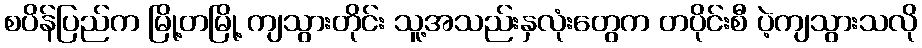
စပိန်ပြည်က မြို့တမြို့ ကျသွားတိုင်း သူ့အသည်းနှလုံးတွေက တပိုင်းစီ ပဲ့ကျသွားသလို